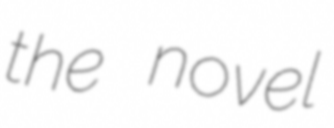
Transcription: the novel